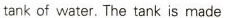
tank of water.The tank is made